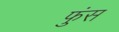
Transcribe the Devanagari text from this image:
फुंस